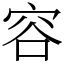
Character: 容